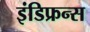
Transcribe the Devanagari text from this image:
इंडिफ्रन्स